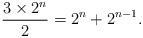
\begin{align*} \frac{3 \times 2^n}{2} = 2^n + 2^{n-1}. \end{align*}